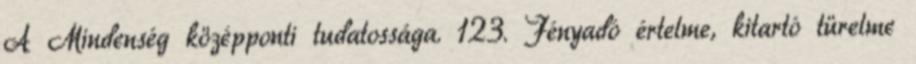
A Mindenség középponti tudatossága. 123. Fényadó értelme, kitartó türelme